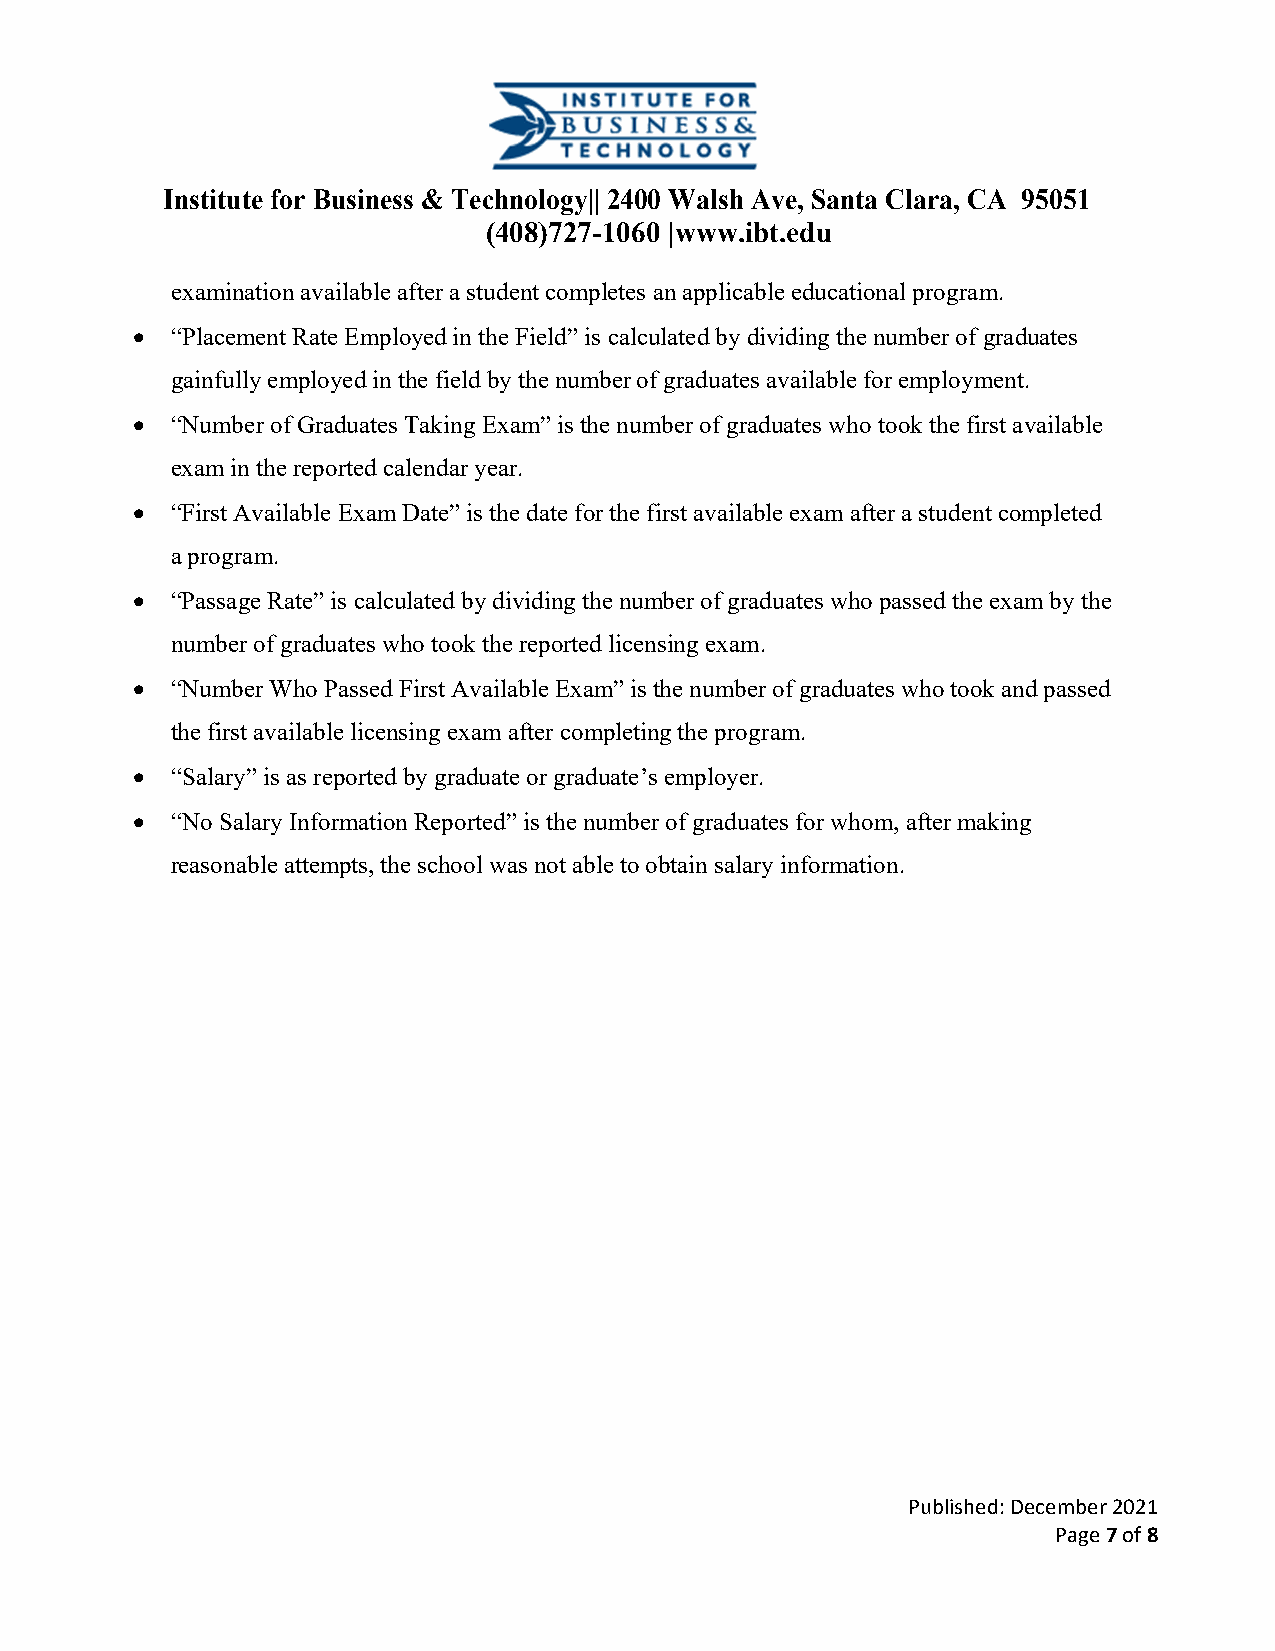
Institute for Business & Technology|| 2400 Walsh Ave, Santa Clara, CA 95051
 (408)727-1060 |www.ibt.edu
 examination available after a student completes an applicable educational program.
  “Placement Rate Employed in the Field” is calculated by dividing the number of graduates
 gainfully employed in the field by the number of graduates available for employment.
  “Number of Graduates Taking Exam” is the number of graduates who took the first available
 exam in the reported calendar year.
  “First Available Exam Date” is the date for the first available exam after a student completed
 a program.
  “Passage Rate” is calculated by dividing the number of graduates who passed the exam by the
 number of graduates who took the reported licensing exam.
  “Number Who Passed First Available Exam” is the number of graduates who took and passed
 the first available licensing exam after completing the program.
  “Salary” is as reported by graduate or graduate’s employer.
  “No Salary Information Reported” is the number of graduates for whom, after making
 reasonable attempts, the school was not able to obtain salary information.
 Published: December 2021
 Page 7 of 8